Statistical return of the lunatic asylum in Assam - 1912-1932
Year: 1912
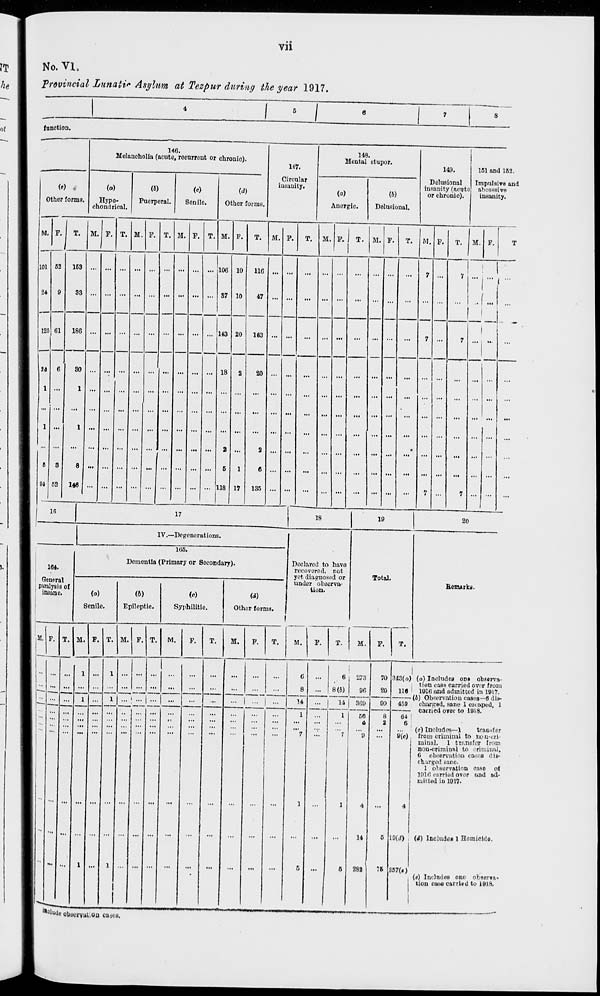
VH
No. VI.
Provincial Lnnaiifi Asylum at Tezpur during the year 1917.
I ' I
function.
146.
Melancholia (acute, rocurrent or chronic).
147
148.
Mental stupor.
149.
151 and 152.
<«) .
(o)
(*)
(e)
id)
Circular
insanity.
(a)
(b)
Delusional
insanity (acuto
or chronic).
Impulsive and
ahcessive
initanity.
Othor forma.
Hypo-
chondrical.
Puorperal.
Senile.
Othor forme.
Anergic.
Delusional.
M. F.
T. M. F. T. M. F. T. M. F. T. M. P.
T.
M. F.
T. M. F.
T. M. F.
T.
M. F.
T. M. P.
T
101 62
163 ... ...
...
... ... ...
106 10
116 ... ...
...
... ...
...
... ...
...
7 ...
7
! 1
... ... ( ...
24
125
34
9
(31
33
... ... ... ... ...
... ...
57
143
10
20
47
103 ...
...
...
,,,
...
...
...
...
7
...
...
1
186
...
...
...
...
...
7
1
••
6
80 ... ...
... ... 18
2
20
...
1
1 ... ... ... ... ...
... ... ... ... ...
...
...
...
... ...
...
... ...
...
... ...
...
... ...
...
1 ...
1 «■ ... ... ••• ... ...
...
2
...
2
...
...
... ...
...
... ...
•
... ...
...
... ...
...
6 8
8 ... ... ... ... ... ... ... ... ...
6
1
6
...
...
... ...
...
... ...
...
... ...
...
... ...
...
94 52
146
... ...
... ... ... ... ... 118 17
135
...
...
...
...
... ...
...
7 ...
7 ... ...
...
10
17
18
19
20
IV.—Degenerations.
166.
164.
Deinontia (Primary or Secondary).
Declared to have
recovorod, not
yet diagnosod or
under observa-
tion.
Total.
! General
pirnlysis of
! insane
(a)
(*)
(«)
W)
Benurku.
Sen le.
1 3pile ptic.
Sy ihili tie
ot ler foi ms. 1
1
T. M.
M.
T.
M.
F.
M.
F.
T.
M.
M.
F.
1 ... ' ...
6
8
14
6
8(6)
14
273
96
360
66
4
14
282
70
20
90
76
343(a) (a) Includes on« observa-
tion case carried over from
116 ! 1916 Mid admitted in 1917.
(4) Observation cases—6 dis-
459
64
6
9(c)
charged, sane 1 escaped,
carried o»er to 1918.
(c) Includes—1
tracfer
from criminal to non-cri-
minal, 1 transfer from
non-criminnl to criminal,
6 observation cases dis-
charged jane.
1 olsorvatir.n case of
1916 carried over and ad-
mitted in 1917.
10(d) | (4) Include! 1 Homicide.
3S7(0
(«) Includes one ob»enra«
tion cui* carried to 1918.
*»lude observation eajcs.